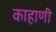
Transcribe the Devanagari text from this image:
काहाणी